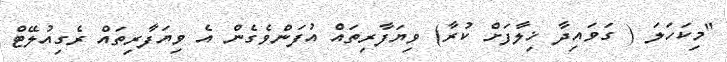
"މިކަހަލަ ( ގަވައިދާ ޚިލާފަށް ކުރާ) ވިޔަފާރިތައް އުފަންވެގެން އެ ވިޔަފާރިތައް ރެގިއުލޭޓް